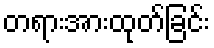
တရားအားထုတ်ခြင်း